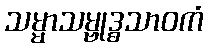
သမ္မာသမ္ဗုဒ္ဓသာဝကံ